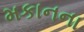
મકાનના